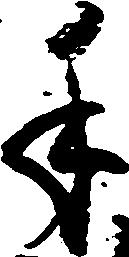
手